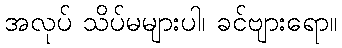
အလုပ် သိပ်မများပါ၊ ခင်ဗျားရော။